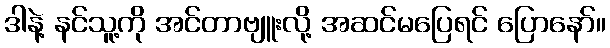
ဒါနဲ့ နင်သူ့ကို အင်တာဗျူးလို့ အဆင်မပြေရင် ပြောနော်။